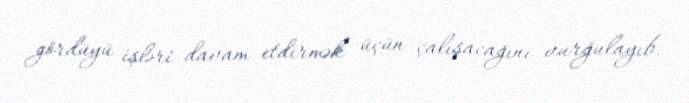
gördüyü işləri davam etdirmək üçün çalışacağını vurğulayıb.